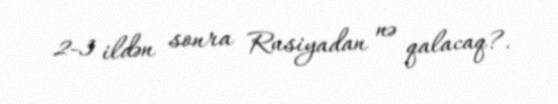
2-3 ildən sonra Rusiyadan nə qalacaq?.